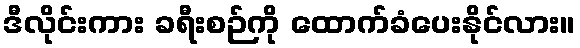
ဒီလိုင်းကား ခရီးစဉ်ကို ထောက်ခံပေးနိုင်လား။